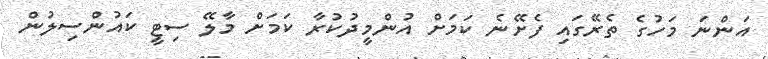
އަންނަ މަހުގެ ތެރޭގައި ފެށޭނެ ކަމަށް އުންމީދުކުރާ ކަމަށް މާލޭ ސިޓީ ކައުންސިލުން